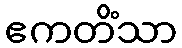
ဧကတိံသာ